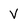
Character: V